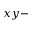
x y -